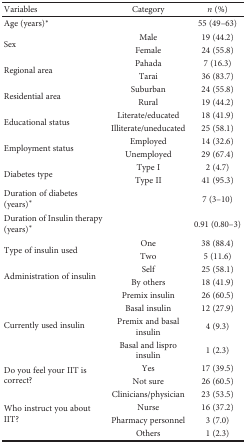
| Variables | Category | n (%) |
 | --- | --- | --- |
 | Age (years)∗ |  | 55 (49–63) |
 | <ROWSPAN=2> Sex | Male | 19 (44.2) |
 | Female | 24 (55.8) |
 | <ROWSPAN=2> Regional area | Pahada | 7 (16.3) |
 | Tarai | 36 (83.7) |
 | <ROWSPAN=2> Residential area | Suburban | 24 (55.8) |
 | Rural | 19 (44.2) |
 | <ROWSPAN=2> Educational status | Literate/educated | 18 (41.9) |
 | Illiterate/uneducated | 25 (58.1) |
 | <ROWSPAN=2> Employment status | Employed | 14 (32.6) |
 | Unemployed | 29 (67.4) |
 | <ROWSPAN=2> Diabetes type | Type I | 2 (4.7) |
 | Type II | 41 (95.3) |
 | Duration of diabetes (years)∗ |  | 7 (3–10) |
 | Duration of Insulin therapy (years)∗ |  | 0.91 (0.80–3) |
 | <ROWSPAN=2> Type of insulin used | One | 38 (88.4) |
 | Two | 5 (11.6) |
 | <ROWSPAN=2> Administration of insulin | Self | 25 (58.1) |
 | By others | 18 (41.9) |
 | <ROWSPAN=4> Currently used insulin | Premix insulin | 26 (60.5) |
 | Basal insulin | 12 (27.9) |
 | Premix and basal insulin | 4 (9.3) |
 | Basal and lispro insulin | 1 (2.3) |
 | <ROWSPAN=2> Do you feel your IIT is correct? | Yes | 17 (39.5) |
 | Not sure | 26 (60.5) |
 | <ROWSPAN=4> Who instruct you about IIT? | Clinicians/physician | 23 (53.5) |
 | Nurse | 16 (37.2) |
 | Pharmacy personnel | 3 (7.0) |
 | Others | 1 (2.3) |